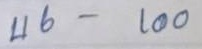
46 - 100